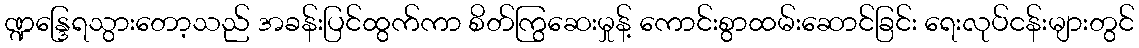
ဏ္ဍန္ဒြေရသွားတော့သည် အခန်းပြင်ထွက်ကာ စိတ်ကြွဆေးမှုန့် ကောင်းစွာထမ်းဆောင်ခြင်း ရေးလုပ်ငန်းများတွင်